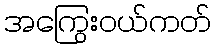
အကြွေးဝယ်ကတ်